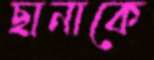
ছানাকে